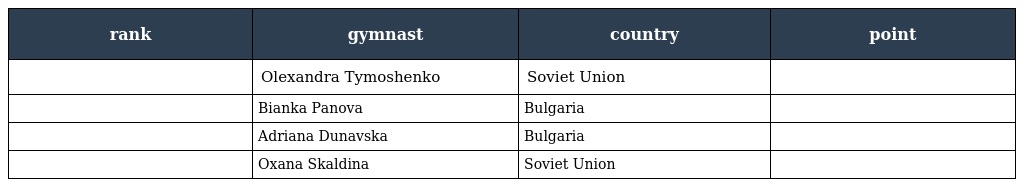
| rank | gymnast | country | point |
 | --- | --- | --- | --- |
 |  | Olexandra Tymoshenko | Soviet Union |  |
 |  | Bianka Panova | Bulgaria |  |
 |  | Adriana Dunavska | Bulgaria |  |
 |  | Oxana Skaldina | Soviet Union |  |